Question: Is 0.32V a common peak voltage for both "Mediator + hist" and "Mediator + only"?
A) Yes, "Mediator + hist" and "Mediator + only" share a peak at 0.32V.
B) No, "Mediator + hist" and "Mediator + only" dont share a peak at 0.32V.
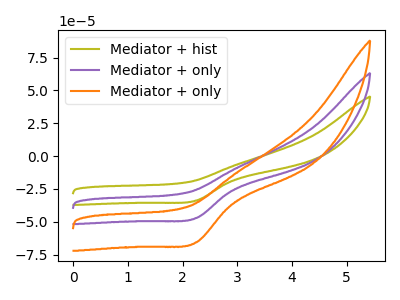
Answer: <think>The olive curve "Mediator + hist" has a cathodic peak at: (2.25V, -33.85uA). The purple curve "Mediator + only" has a cathodic peak at: (2.25V, -47.15uA). The orange curve "Mediator + only" has a cathodic peak at: (2.25V, -94.30uA).</think>
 <answer>B) No, "Mediator + hist" and "Mediator + only" dont share a peak at 0.32V.</answer>
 <eval>B</eval>